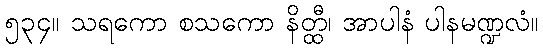
၅၃၄။ သရကော စသကော နိတ္ထီ၊ အာပါနံ ပါနမဏ္ဍလံ။